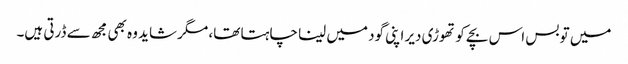
میں تو بس اس بچے کو تھوڑی دیر اپنی گود میں لینا چاہتا تھا، مگر شاید وہ بھی مجھ سے ڈرتی ہیں۔